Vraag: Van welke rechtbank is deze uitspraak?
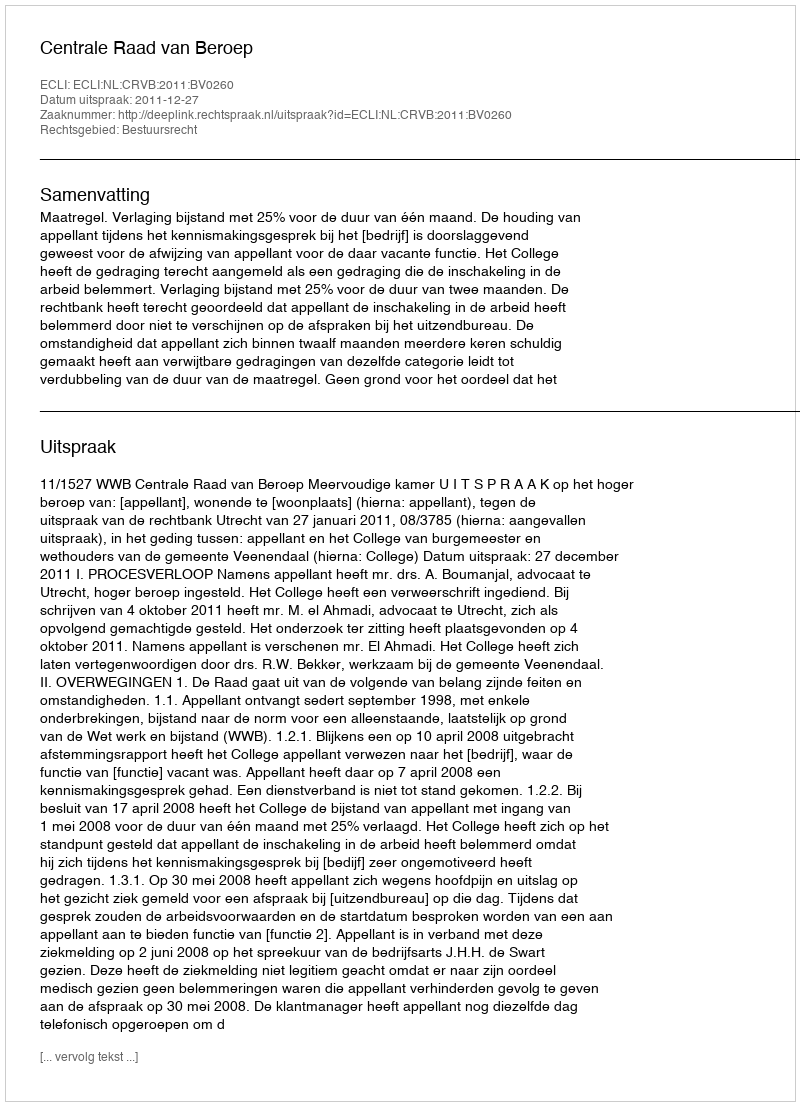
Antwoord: Centrale Raad van Beroep